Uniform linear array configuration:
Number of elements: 32
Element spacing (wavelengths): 1
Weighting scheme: exponential
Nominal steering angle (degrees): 15
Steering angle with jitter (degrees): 15.05
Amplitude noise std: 0.05
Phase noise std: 0.05

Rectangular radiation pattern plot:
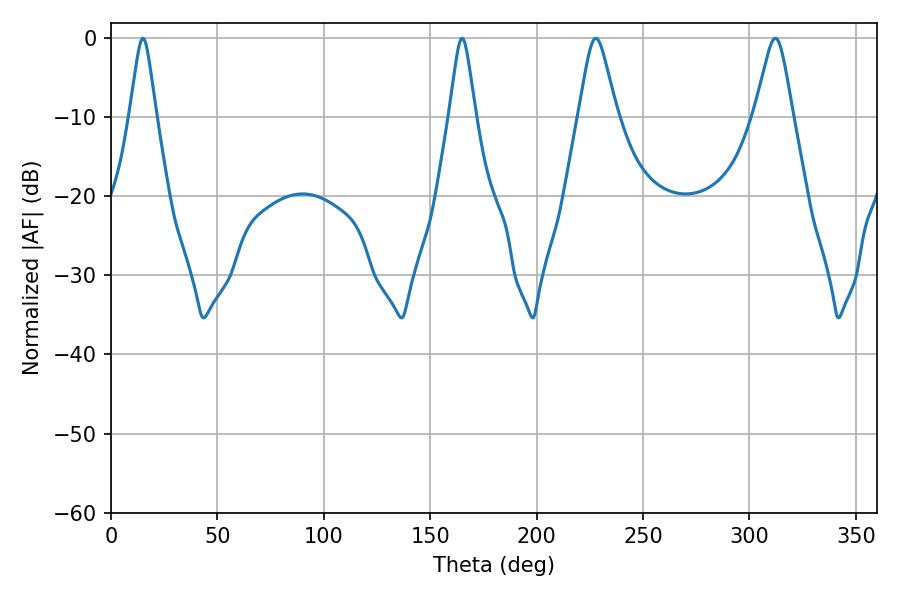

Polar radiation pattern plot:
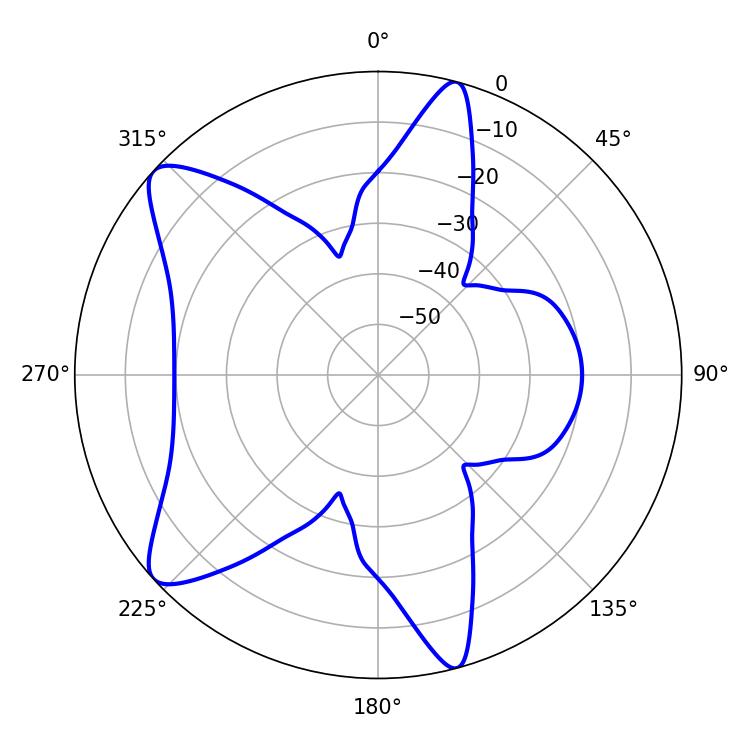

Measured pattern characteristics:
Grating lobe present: TRUE
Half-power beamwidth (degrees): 8.64
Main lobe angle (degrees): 227.88